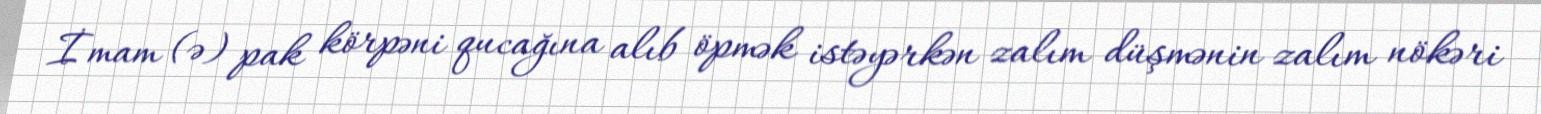
İmam (ə) pak körpəni qucağına alıb öpmək istəyərkən zalım düşmənin zalım nökəri